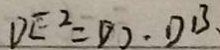
D E ^ { 2 } = D O \cdot D B .